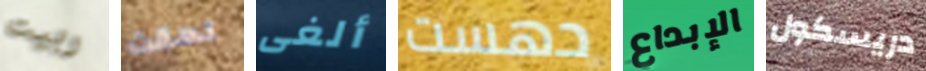
ربيت لحقت ألغى دهست الإبداع دريسكول